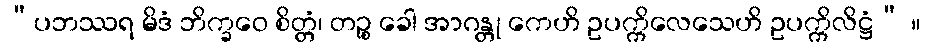
“ပဘဿရ မိဒံ ဘိက္ခဝေ စိတ္တံ၊ တဉ္စ ခေါ အာဂန္တု ကေဟိ ဥပက္ကိလေသေဟိ ဥပက္ကိလိဋ္ဌံ” ။